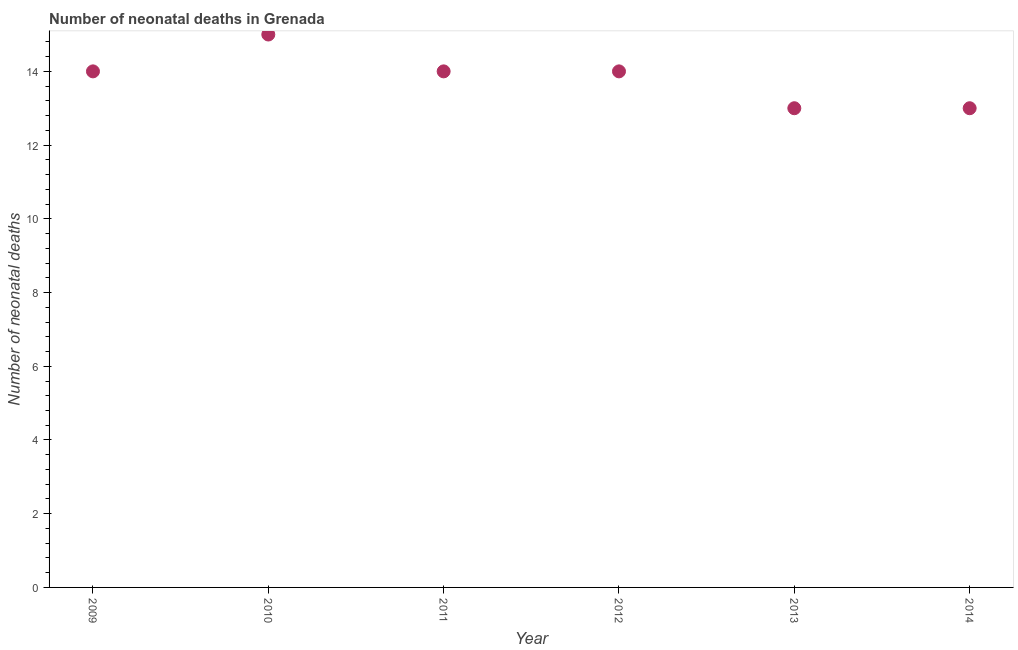
| Year | Neonatal deaths |
 | --- | --- |
 | 2009 | 14 |
 | 2010 | 15 |
 | 2011 | 14 |
 | 2012 | 14 |
 | 2013 | 13 |
 | 2014 | 13 |